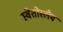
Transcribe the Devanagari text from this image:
स्वेतोस्लैव